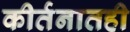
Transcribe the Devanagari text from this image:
कीर्तनातही